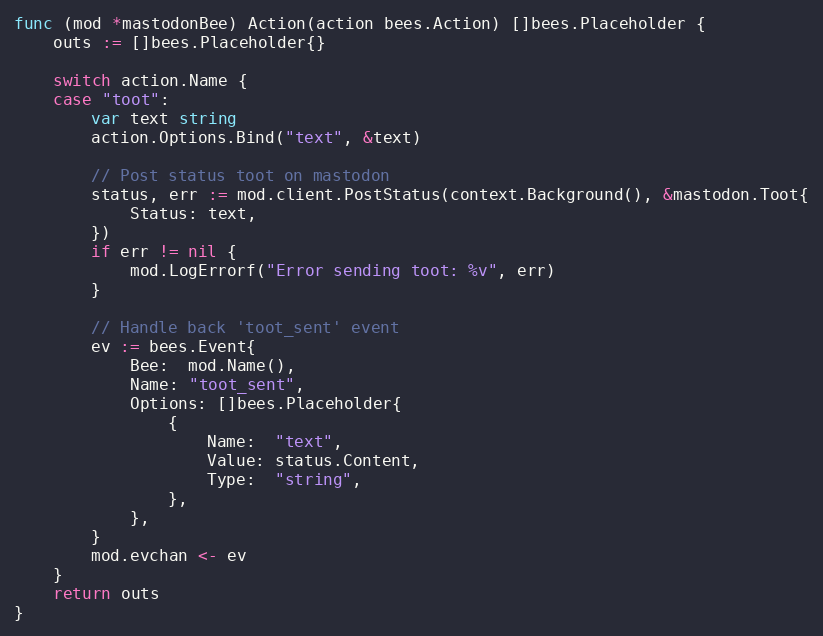
Language: Go
func (mod *mastodonBee) Action(action bees.Action) []bees.Placeholder {
	outs := []bees.Placeholder{}

	switch action.Name {
	case "toot":
		var text string
		action.Options.Bind("text", &text)

		// Post status toot on mastodon
		status, err := mod.client.PostStatus(context.Background(), &mastodon.Toot{
			Status: text,
		})
		if err != nil {
			mod.LogErrorf("Error sending toot: %v", err)
		}

		// Handle back 'toot_sent' event
		ev := bees.Event{
			Bee:  mod.Name(),
			Name: "toot_sent",
			Options: []bees.Placeholder{
				{
					Name:  "text",
					Value: status.Content,
					Type:  "string",
				},
			},
		}
		mod.evchan <- ev
	}
	return outs
}